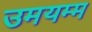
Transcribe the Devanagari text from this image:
उमयम्म